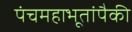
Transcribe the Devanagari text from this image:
पंचमहाभूतांपैकी